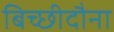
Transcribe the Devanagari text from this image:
बिच्छीदौना